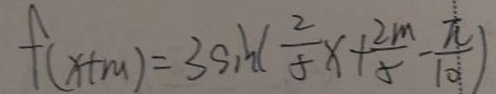
f ( x + m ) = 3 \sin ( \frac { 2 } { 8 } x + \frac { 2 m } { 8 } - \frac { \pi } { 1 0 } )